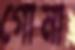
গোনা